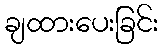
ချထားပေးခြင်း